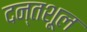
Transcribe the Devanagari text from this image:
दन्तशूल